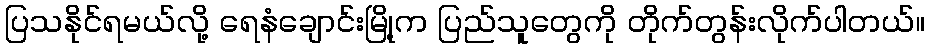
ပြသနိုင်ရမယ်လို့ ရေနံချောင်းမြို့က ပြည်သူတွေကို တိုက်တွန်းလိုက်ပါတယ်။